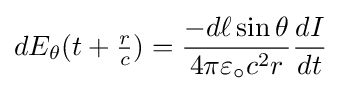
dE_{\theta }(t+\textstyle {r \over c})=\displaystyle {-d\ell \sin \theta  \over 4\pi \varepsilon _{\circ }c^{2}r}{dI \over dt}